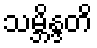
သမ္ဘိန္ဒတိ